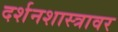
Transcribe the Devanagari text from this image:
दर्शनशास्त्रावर